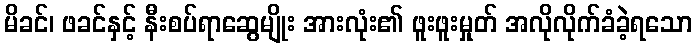
မိခင်၊ ဖခင်နှင့် နီးစပ်ရာဆွေမျိုး အားလုံး၏ ဖူးဖူးမှုတ် အလိုလိုက်ခံခဲ့ရသော